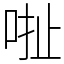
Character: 𠳏